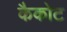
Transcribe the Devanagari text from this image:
कैकोट